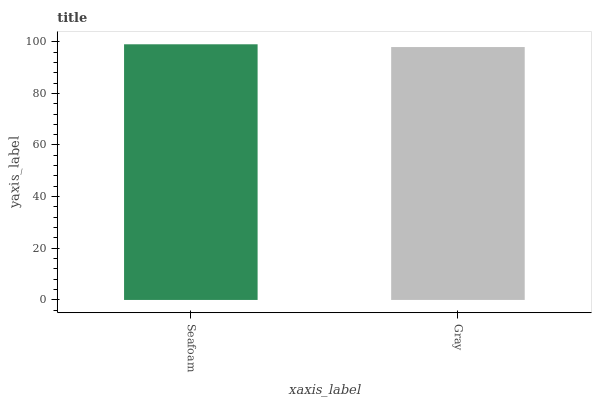
| xaxis_label | bars |
 | --- | --- |
 | Seafoam | 99 |
 | Gray | 97.9 |